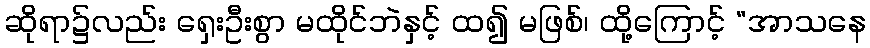
ဆိုရာ၌လည်း ရှေးဦးစွာ မထိုင်ဘဲနှင့် ထ၍ မဖြစ်၊ ထို့ကြောင့် “အာသနေ